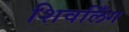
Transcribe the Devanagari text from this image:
शिवलिँग